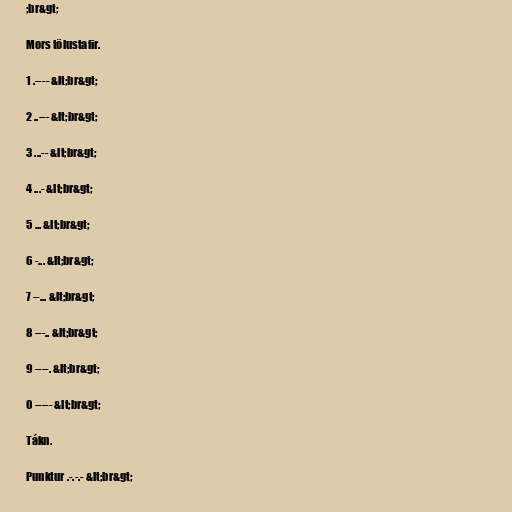
;br&gt;

Mors tölustafir.

1 .---- &lt;br&gt;

2 ..--- &lt;br&gt;

3 ...-- &lt;br&gt;

4 ...- &lt;br&gt;

5 ... &lt;br&gt;

6 -... &lt;br&gt;

7 --... &lt;br&gt;

8 ---.. &lt;br&gt;

9 ----. &lt;br&gt;

0 ----- &lt;br&gt;

Tákn.

Punktur .-.-.- &lt;br&gt;